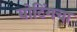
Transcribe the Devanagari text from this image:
बोटिंगचा